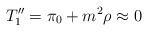
LaTeX: \begin{align*}T_1'' = \pi_0 + m^2 \rho \approx 0 \end{align*}